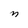
Character: n